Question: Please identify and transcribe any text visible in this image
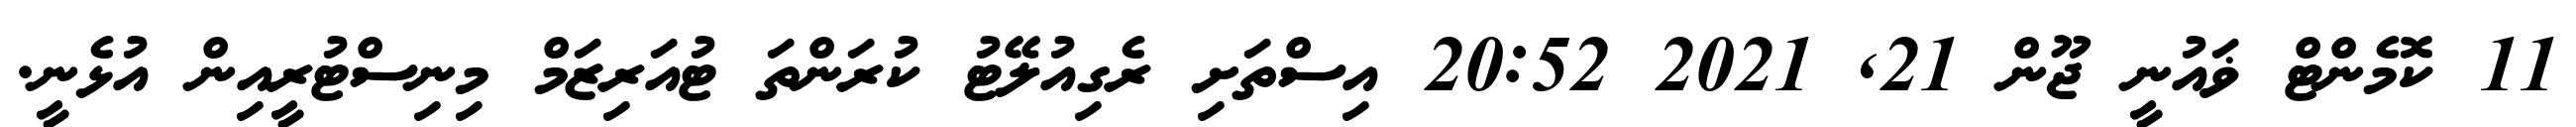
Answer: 11 ކޮމެންޓް ޥައުނީ ޖޫން 21, 2021 20:52 އިސްތަށި ރެގިއުލޭޓު ކުރަންތަ ޓުއަރިޒަމް މިނިސްޓުރީއިން އުޅެނީ.